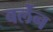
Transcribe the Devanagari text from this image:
बर्लेन